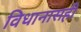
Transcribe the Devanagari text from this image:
विधानासही